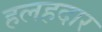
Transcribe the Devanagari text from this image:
हलहदार